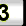
Digit: 3